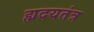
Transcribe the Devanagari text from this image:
ह्मदयतंत्र